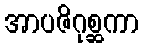
အာပဇိဂုစ္ဆကာ